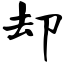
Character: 却